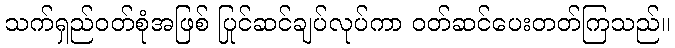
သက်ရှည်ဝတ်စုံအဖြစ် ပြင်ဆင်ချုပ်လုပ်ကာ ဝတ်ဆင်ပေးတတ်ကြသည်။